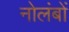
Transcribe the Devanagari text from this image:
नोलंबों